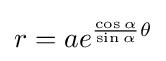
r=ae^{{\frac {\cos \alpha }{\sin \alpha }}\theta }